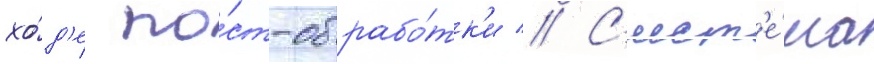
хо́д'е по́ст-обрабо́тк'и // С'ист'е́ма